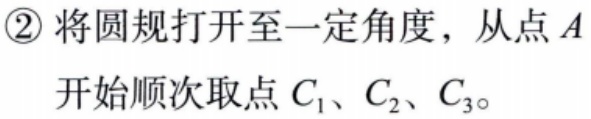
\textcircled{2}将圆规打开至一定角度，从点\(A\)开始顺次取点\(C_{1}\)、\(C_{2}\)、\(C_{3}\)。